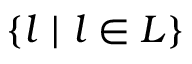
\{ l \ | \ l \in L \}